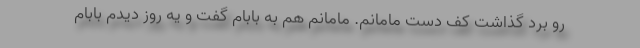
رو برد گذاشت کف دست مامانم. مامانم هم به بابام گفت و یه روز دیدم بابام